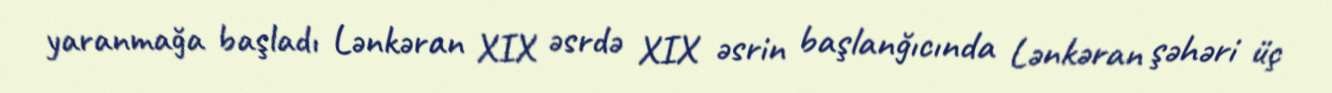
yaranmağa başladı Lənkəran XIX əsrdə XIX əsrin başlanğıcında Lənkəran şəhəri üç